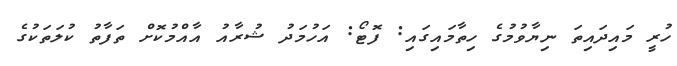
ހުރީ މައިދައިތަ ނިޔާވުމުގެ ހިތާމައިގައި: ފޮޓޯ: އަހުމަދު ޝުރާއު އާއްމުކޮށް ތަފާތު ކުލަތަކުގެ